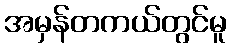
အမှန်တကယ်တွင်မူ